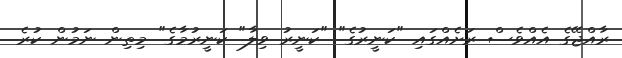
ރާއްޖޭގެ އެއްވެސް ރަށެއްގައި "ކަނީރުގެ" "ކަނީރު ވިލާ" ކަނީރުމާގެ" މިތިން ނަމުން ކުރެ